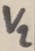
Text: V2